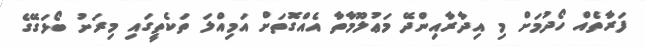
ފަރާތެއް ހޯދުމަށް މި އިދާރާއިންދޭ މަޢުލޫމާތާ އެއްގޮތަށް އަމިއްލަ ތަކެތީގައި މިރަށު ބޯޅަގޭގެ